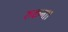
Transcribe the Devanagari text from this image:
रुकना।